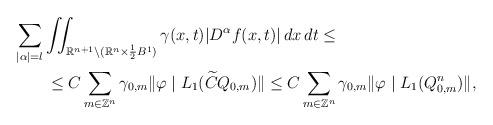
LaTeX: \begin{align*}&\sum_{|\alpha|=l}\iint_{\mathbb{R}^{n+1} \setminus (\mathbb{R}^{n} \times \frac{1}{2}B^{1})}\gamma(x,t)|D^\alpha f(x,t)|\,dx\,dt \le\\&\qquad\le C\sum_{m\in\mathbb Z^n}\gamma_{0,m}\|\varphi\mid L_1(\widetilde CQ_{0,m})\|\le C\sum_{m\in\mathbb Z^n}\gamma_{0,m}\|\varphi\mid L_1(Q^n_{0,m})\|,\end{align*}